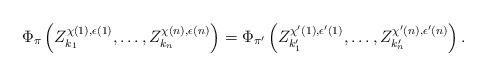
LaTeX: \begin{align*}\Phi_\pi\left(Z^{\chi(1), \epsilon(1)}_{k_1}, \ldots, Z^{\chi(n), \epsilon(n)}_{k_n}\right) = \Phi_{\pi'}\left(Z^{\chi'(1), \epsilon'(1)}_{k'_1}, \ldots, Z^{\chi'(n), \epsilon'(n)}_{k'_n}\right).\end{align*}